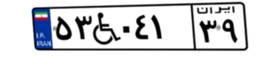
۷۹W۸۲۱۱۶